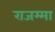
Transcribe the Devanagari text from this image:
राजम्मा